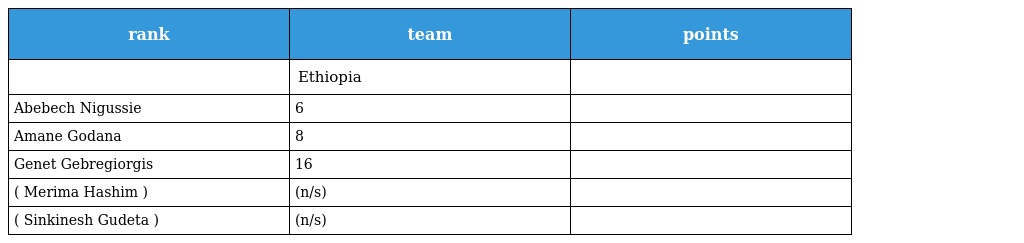
| rank | team | points |
 | --- | --- | --- |
 |  | Ethiopia |  |
 | Abebech Nigussie | 6 |  |
 | Amane Godana | 8 |  |
 | Genet Gebregiorgis | 16 |  |
 | ( Merima Hashim ) | (n/s) |  |
 | ( Sinkinesh Gudeta ) | (n/s) |  |